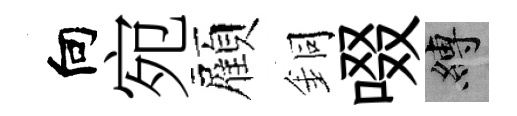
向宛顏銅啜縛